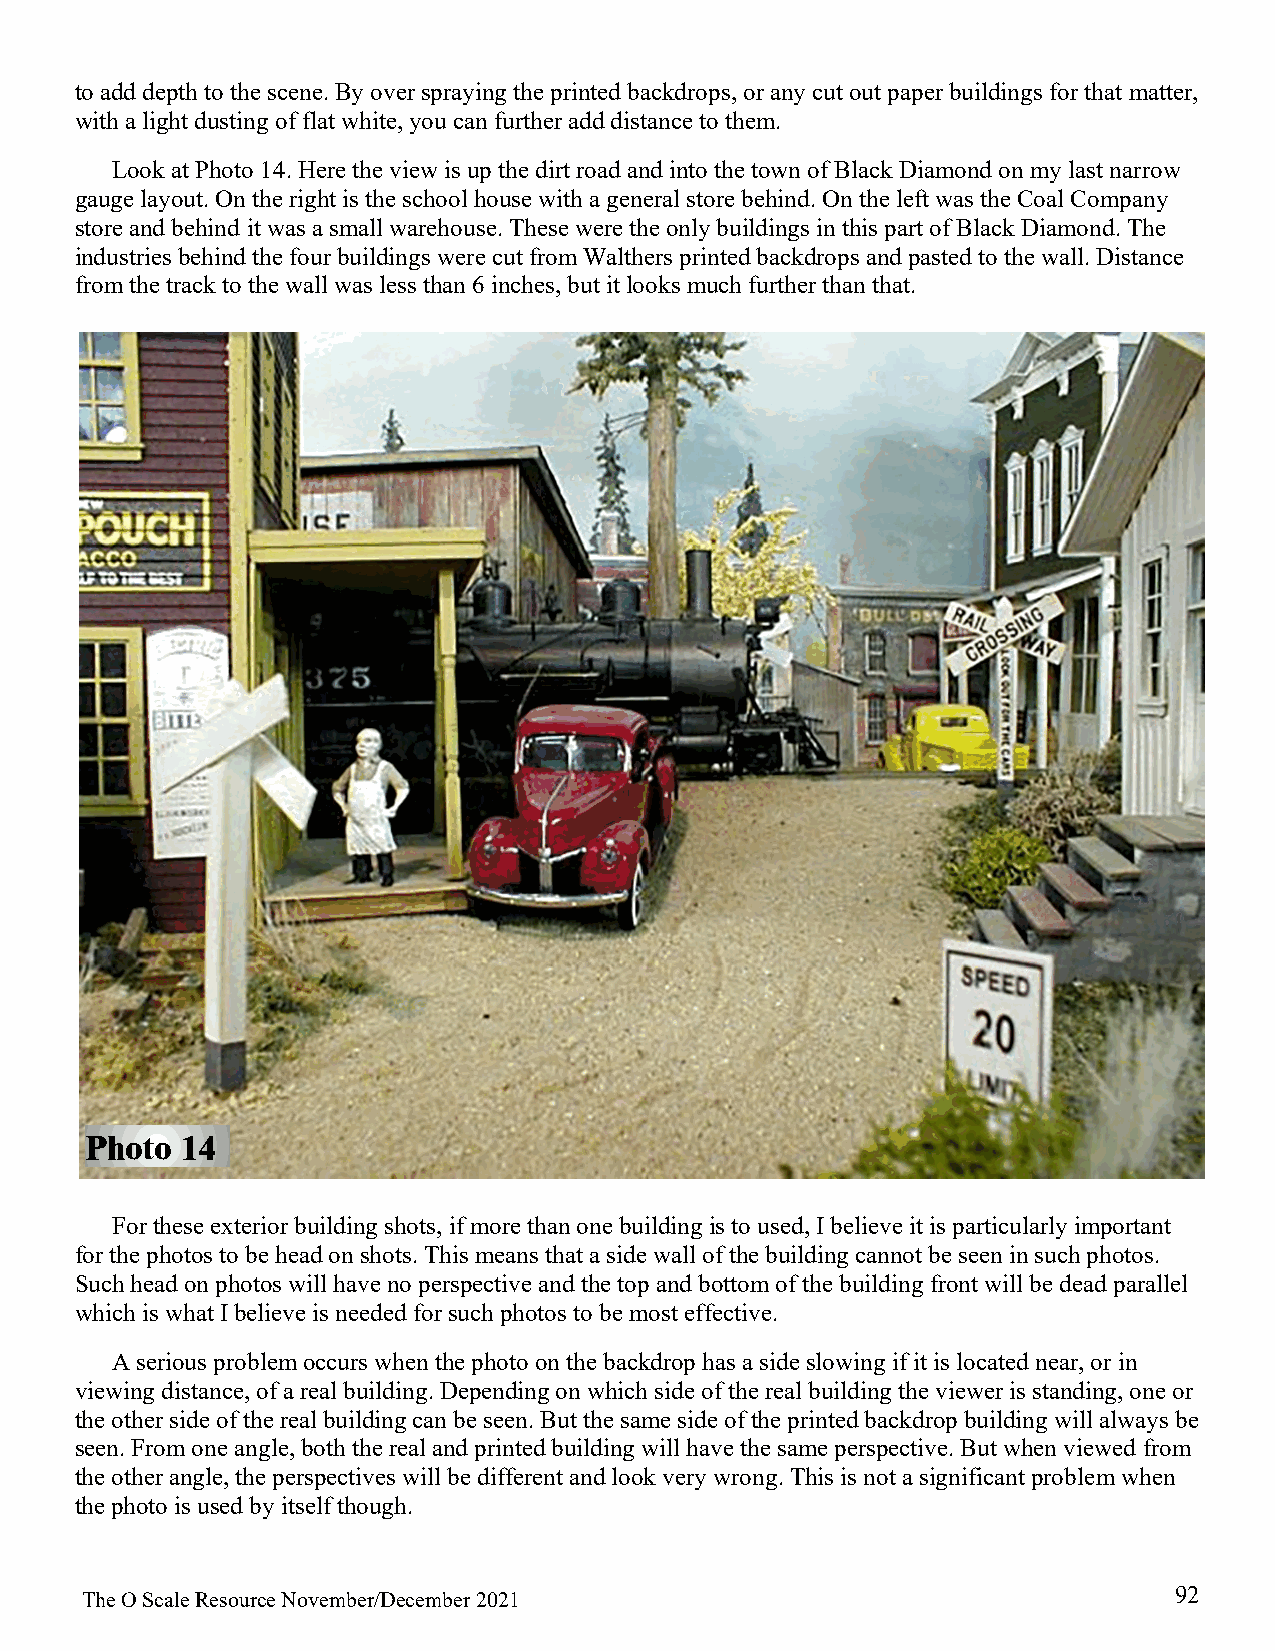
to add depth to the scene. By over spraying the printed backdrops, or any cut out paper buildings for that matter,
 with a light dusting of flat white, you can further add distance to them.
 Look at Photo 14. Here the view is up the dirt road and into the town of Black Diamond on my last narrow
 gauge layout. On the right is the school house with a general store behind. On the left was the Coal Company
 store and behind it was a small warehouse. These were the only buildings in this part of Black Diamond. The
 industries behind the four buildings were cut from Walthers printed backdrops and pasted to the wall. Distance
 from the track to the wall was less than 6 inches, but it looks much further than that.
 Photo 14
 For these exterior building shots, if more than one building is to used, I believe it is particularly important
 for the photos to be head on shots. This means that a side wall of the building cannot be seen in such photos.
 Such head on photos will have no perspective and the top and bottom of the building front will be dead parallel
 which is what I believe is needed for such photos to be most effective.
 A serious problem occurs when the photo on the backdrop has a side slowing if it is located near, or in
 viewing distance, of a real building. Depending on which side of the real building the viewer is standing, one or
 the other side of the real building can be seen. But the same side of the printed backdrop building will always be
 seen. From one angle, both the real and printed building will have the same perspective. But when viewed from
 the other angle, the perspectives will be different and look very wrong. This is not a significant problem when
 the photo is used by itself though.
 92
 The O Scale Resource November/December 2021